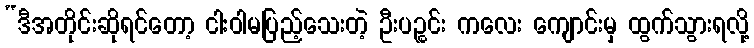
“ဒီအတိုင်းဆိုရင်တော့ ငါးဝါမပြည့်သေးတဲ့ ဦးပဉ္စင်း ကလေး ကျောင်းမှ ထွက်သွားရလို့